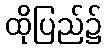
ထိုပြည်၌